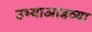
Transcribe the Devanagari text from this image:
उभ्याआडव्या